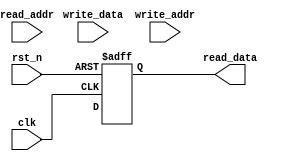
module CircularRegisterFile (
  input wire clk,
  input wire rst_n,
  input wire [7:0] write_data,
  input wire [7:0] write_addr,
  input wire [7:0] read_addr,
  output reg [7:0] read_data
);

parameter NUM_BLOCKS = 8;
parameter BLOCK_SIZE = 16;

reg [7:0] memory [NUM_BLOCKS][BLOCK_SIZE-1:0];

reg [2:0] current_block = 0;
reg [3:0] current_addr = 0;

always @(posedge clk or negedge rst_n) begin
  if (!rst_n) begin
    current_block <= 0;
    current_addr <= 0;
    read_data <= 8'h00;
  end else begin
    if (write_addr[BLOCK_SIZE-1:4] == current_block) begin
      memory[current_block][write_addr[3:0]] <= write_data;
    end
    read_data <= memory[read_addr[BLOCK_SIZE-1:4]][read_addr[3:0]];
    
    current_block <= (current_block + 1) % NUM_BLOCKS;
    if (current_block == 0) begin
      current_addr <= (current_addr + 1) % BLOCK_SIZE;
    end
  end
end

endmodule